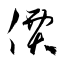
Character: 價